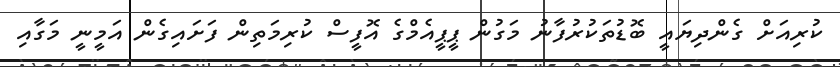
ކުރިއަށް ގެންދިޔައީ ބޮޑުތަކުރުފާނު މަގުން ޕީޕީއެމްގެ އޮފީސް ކުރިމަތިން ފަށައިގެން އަމީނީ މަގާއި